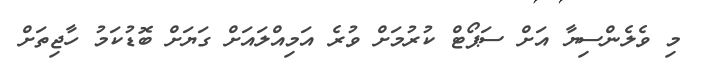
މި ވެލެންސިޔާ އަށް ސަޕޯޓް ކުރުމަށް ވުރެ އަމިއްލައަށް ގަޔަށް ބޮޑުކަމު ހާޖިތަށް